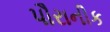
પૌરાનીક